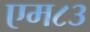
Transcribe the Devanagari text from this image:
एम८३